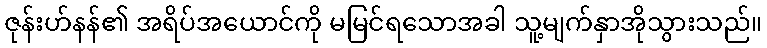
ဇုန်းဟ်နန်၏ အရိပ်အယောင်ကို မမြင်ရသောအခါ သူ့မျက်နှာအိုသွားသည်။